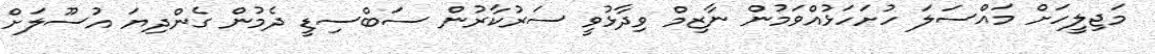
މަޖިލީހަށް މައްސަލަ ހުށަހަޅުއްވަމުން ނާޒިމް ވިދާޅުވީ ސަރުކާރުން ސަބްސިޑީ ދެމުން ގެންދިޔަ އުސޫލަށް